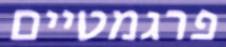
פרגמטיים